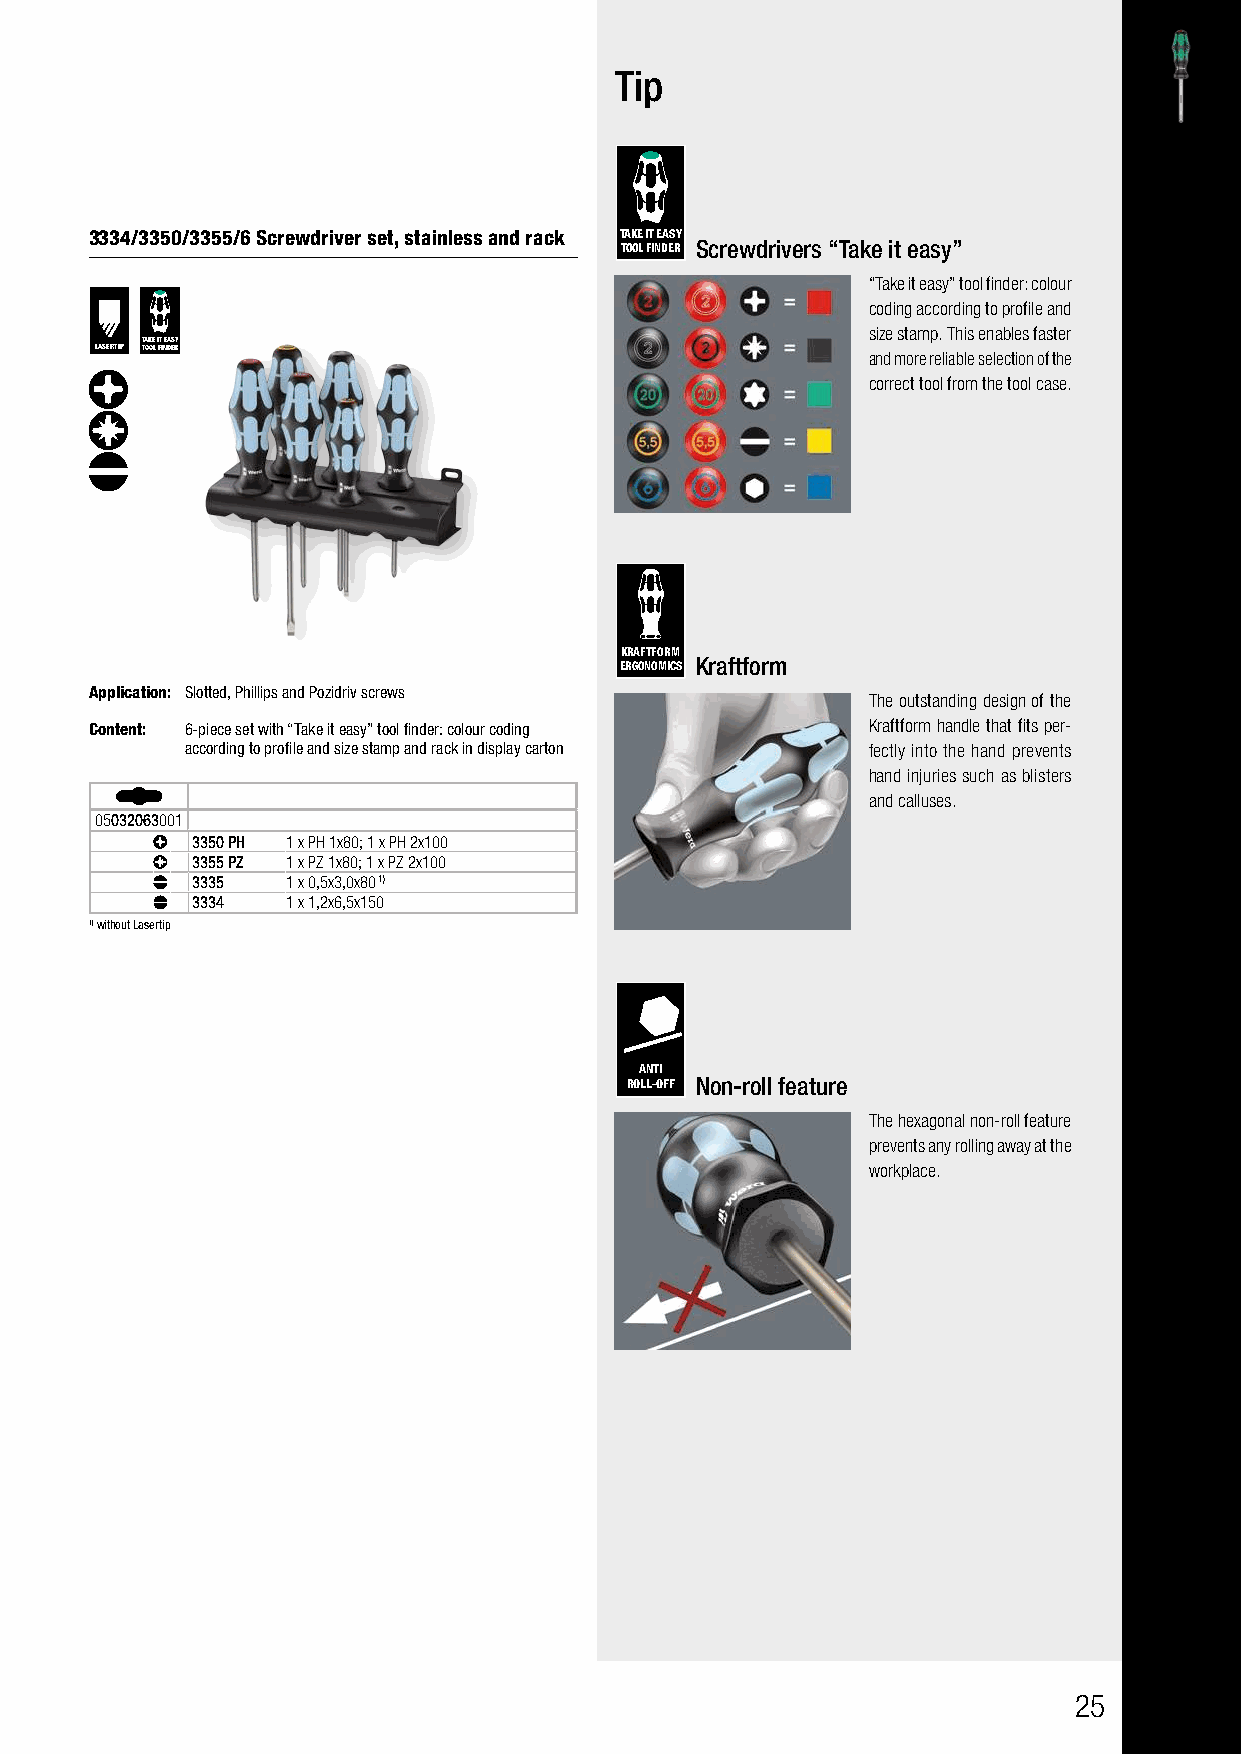
Tip
 3334/3350/3355/6 Screwdriver set, stainless and rack TAKE IT EASY
 TOOL FINDER Screwdrivers “Take it easy”
 “Take it easy” tool finder: colour
 coding according to profile and
 size stamp. This enables faster
 TAKE IT EASY
 LASERTIP TOOL FINDER                               and more reliable selection of the
 correct tool from the tool case.
 KRAFTFORM
 ERGONOMICS Kraftform
 Application: Slotted, Phillips and Pozidriv screws
 The outstanding design of the
 Content: 6-piece set with “Take it easy” tool finder: colour coding Kraftform handle that fits per-
 according to profile and size stamp and rack in display carton fectly into the hand prevents
 hand injuries such as blisters
 and calluses.
 05032063001
 3350 PH 1 x PH 1x80; 1 x PH 2x100
 3355 PZ 1 x PZ 1x80; 1 x PZ 2x100
 3335  1 x 0,5x3,0x80 1)
 3334  1 x 1,2x6,5x150
 1)without Lasertip
 ANTI
 ROLL-OFF Non-roll feature
 The hexagonal non-roll feature
 prevents any rolling away at the
 workplace.
 25